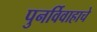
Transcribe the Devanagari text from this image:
पुनर्विवाहाचे